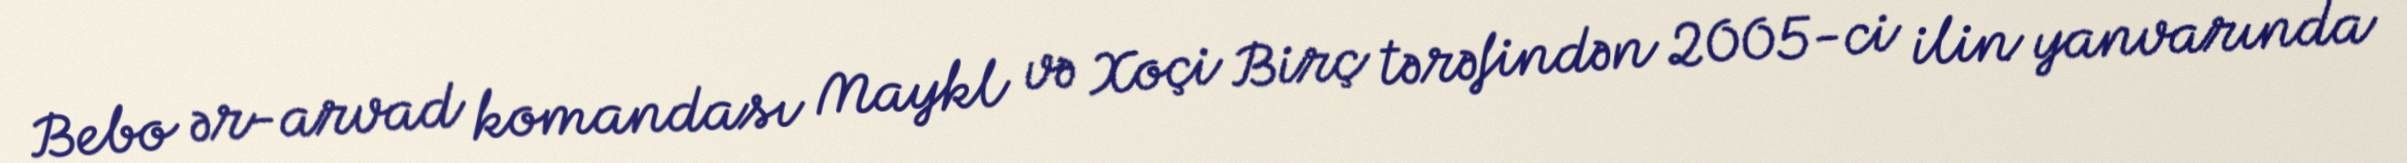
Bebo ər-arvad komandası Maykl və Xoçi Birç tərəfindən 2005-ci ilin yanvarında